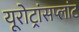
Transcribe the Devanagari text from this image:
यूरोट्रांसप्लांट